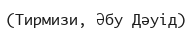
(Тирмизи, Әбу Дәуід)